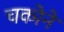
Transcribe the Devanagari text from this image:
चकोने